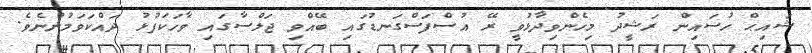
ޝައިޙް ހުސައިން ރަޝީދު މިހެންވިދާޅުވީ ރޭ އުސްފަސްގަނޑުގައި ބޭއްވި ޖަލްސާގައި ވާހަކަފުޅު ދައްކަވަމުންނެވެ.